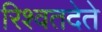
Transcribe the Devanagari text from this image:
रिश्वतदेते